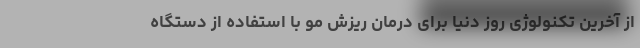
از آخرین تکنولوژی روز دنیا برای درمان ریزش مو با استفاده از دستگاه